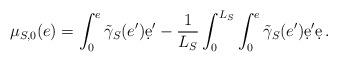
LaTeX: \begin{align*}\mu_{S,0}(e)= \int_{0}^e \tilde \gamma_{S}(e')\d e' -\frac1{L_{S}}\int_{0}^{L_{S}} \int_{0}^e \tilde \gamma_{S}(e')\d e'\d e \,.\end{align*}